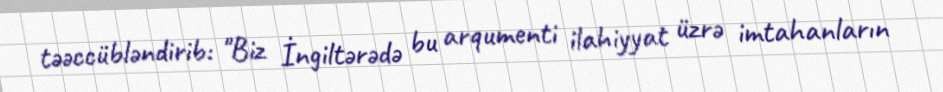
təəccübləndirib: "Biz İngiltərədə bu arqumenti ilahiyyat üzrə imtahanların